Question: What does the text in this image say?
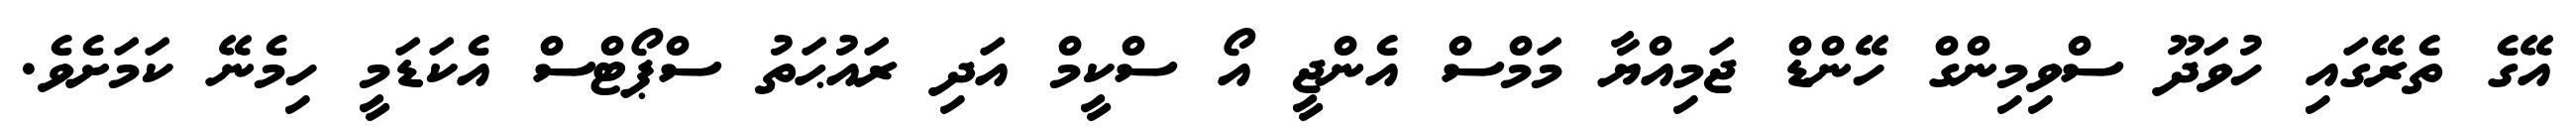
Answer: އޭގެ ތެރޭގައި ހުވަދޫ ސްވިމިންގް ހޭންޑް ޖަމިއްޔާ މަމްސް އެންޖީ އޯ ސްކީމް އަދި ރައުޙަތު ސްޕޯޓްސް އެކަޑަމީ ހިމެނޭ ކަމަށެވެ.